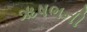
ૠષભની